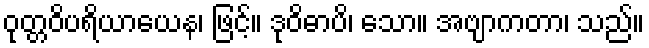
ဝုတ္တဝိပရိယာယေန၊ ဖြင့်။ ဒုဝိဓာပိ၊ သော။ အဗျာကတာ၊ သည်။